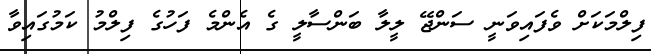
ފިލްމަކަށް ވެފައިވަނީ ސަންޖޭ ލީލާ ބަންސާލީ ގެ އެންމެ ފަހުގެ ފިލްމު ކަމުގައިވާ